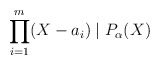
\begin{align*}\prod_{i=1}^{m}(X-a_i)\mid P_\alpha(X)\end{align*}